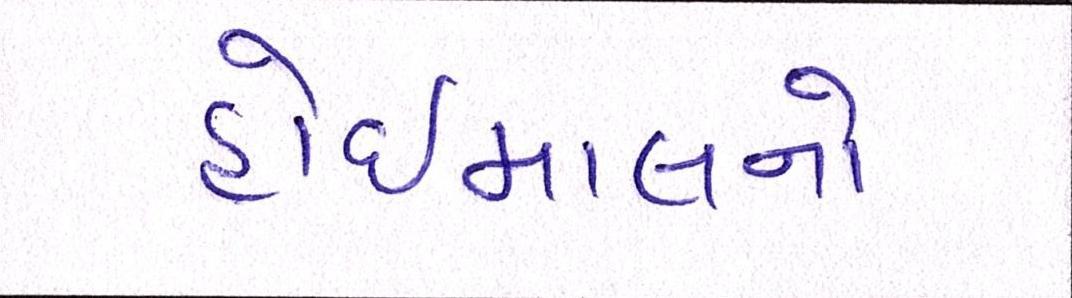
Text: હોઇમાલનો